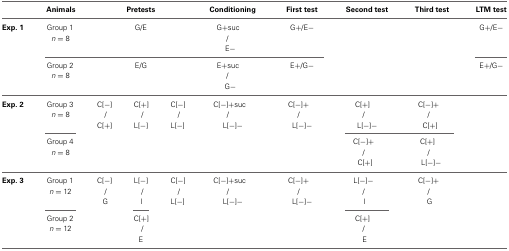
<table><thead><tr><td></td><td><b>Animals</b></td><td colspan="3"><b>Pretests</b></td><td><b>Conditioning</b></td><td><b>First test</b></td><td><b>Second test</b></td><td><b>Third test</b></td><td><b>LTM test</b></td></tr></thead><tbody><tr><td><b>Exp. 1</b></td><td>Group 1</td><td colspan="3">G/E</td><td>G+suc</td><td>G+/E−</td><td></td><td></td><td>G+/E−</td></tr><tr><td></td><td colspan="4"><i>n</i> = 8</td><td>/</td><td></td><td></td><td></td><td></td></tr><tr><td></td><td colspan="4"></td><td>E−</td><td></td><td></td><td></td><td></td></tr><tr><td></td><td>Group 2</td><td colspan="3">E/G</td><td>E+suc</td><td>E+/G−</td><td></td><td></td><td>E+/G−</td></tr><tr><td></td><td colspan="4"><i>n</i> = 8</td><td>/</td><td></td><td></td><td></td><td></td></tr><tr><td></td><td colspan="4"></td><td>G−</td><td></td><td></td><td></td><td></td></tr><tr><td><b>Exp. 2</b></td><td>Group 3</td><td>C[−]</td><td>C[+]</td><td>C[−]</td><td>C[−]+suc</td><td>C[−]+</td><td>C[+]</td><td>C[−]+</td><td></td></tr><tr><td></td><td><i>n</i> = 8</td><td>/</td><td>/</td><td>/</td><td>/</td><td>/</td><td>/</td><td>/</td><td></td></tr><tr><td></td><td></td><td>C[+]</td><td>L[−]</td><td>L[−]</td><td>L[−]−</td><td>L[−]−</td><td>L[−]−</td><td>C[+]</td><td></td></tr><tr><td></td><td>Group 4</td><td></td><td></td><td></td><td></td><td></td><td>C[−]+</td><td>C[+]</td><td></td></tr><tr><td></td><td><i>n</i> = 8</td><td></td><td></td><td></td><td></td><td></td><td>/</td><td>/</td><td></td></tr><tr><td></td><td></td><td></td><td></td><td></td><td></td><td></td><td>C[+]</td><td>L[−]−</td><td></td></tr><tr><td><b>Exp. 3</b></td><td>Group 1</td><td>C[−]</td><td>L[−]</td><td>C[−]</td><td>C[−]+suc</td><td>C[−]+</td><td>L[−]−</td><td>C[−]+</td><td></td></tr><tr><td></td><td><i>n</i> = 12</td><td>/</td><td>/</td><td>/</td><td>/</td><td>/</td><td>/</td><td>/</td><td></td></tr><tr><td></td><td></td><td>G</td><td>I</td><td>L[−]</td><td>L[−]−</td><td>L[−]−</td><td>I</td><td>G</td><td></td></tr><tr><td></td><td>Group 2</td><td></td><td>C[+]</td><td></td><td></td><td></td><td>C[+]</td><td></td><td></td></tr><tr><td></td><td><i>n</i> = 12</td><td></td><td>/</td><td></td><td></td><td></td><td>/</td><td></td><td></td></tr><tr><td></td><td></td><td></td><td>E</td><td></td><td></td><td></td><td>E</td><td></td><td></td></tr></tbody></table>